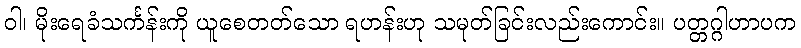
ဝါ၊ မိုးရေခံသင်္ကန်းကို ယူစေတတ်သော ရဟန်းဟု သမုတ်ခြင်းလည်းကောင်း။ ပတ္တဂ္ဂါဟာပက